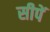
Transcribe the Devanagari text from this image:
सीपें